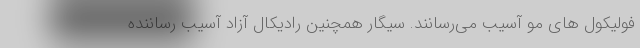
فولیکول های مو آسیب می‌رسانند. سیگار همچنین رادیکال آزاد آسیب رساننده